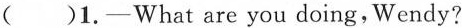
()1.-What are you doing,Wendy?